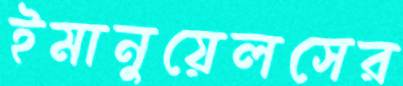
ইমানুয়েলসের